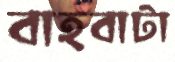
বাহবাটা